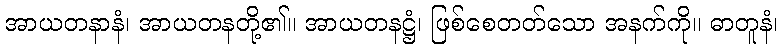
အာယတနာနံ၊ အာယတနတို့၏။ အာယတနဋ္ဌံ၊ ဖြစ်စေတတ်သော အနက်ကို။ ဓာတူနံ၊